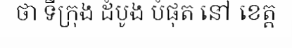
ថា ទីក្រុង ដំបូង បំផុត នៅ ខេត្ត